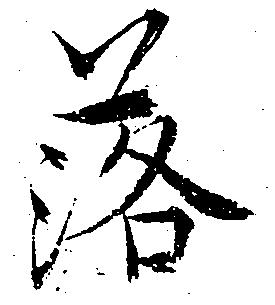
落